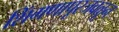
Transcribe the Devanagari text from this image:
शिंगणापूरजवळून